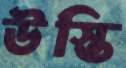
উস্তি